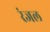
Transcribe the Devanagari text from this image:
रंजल